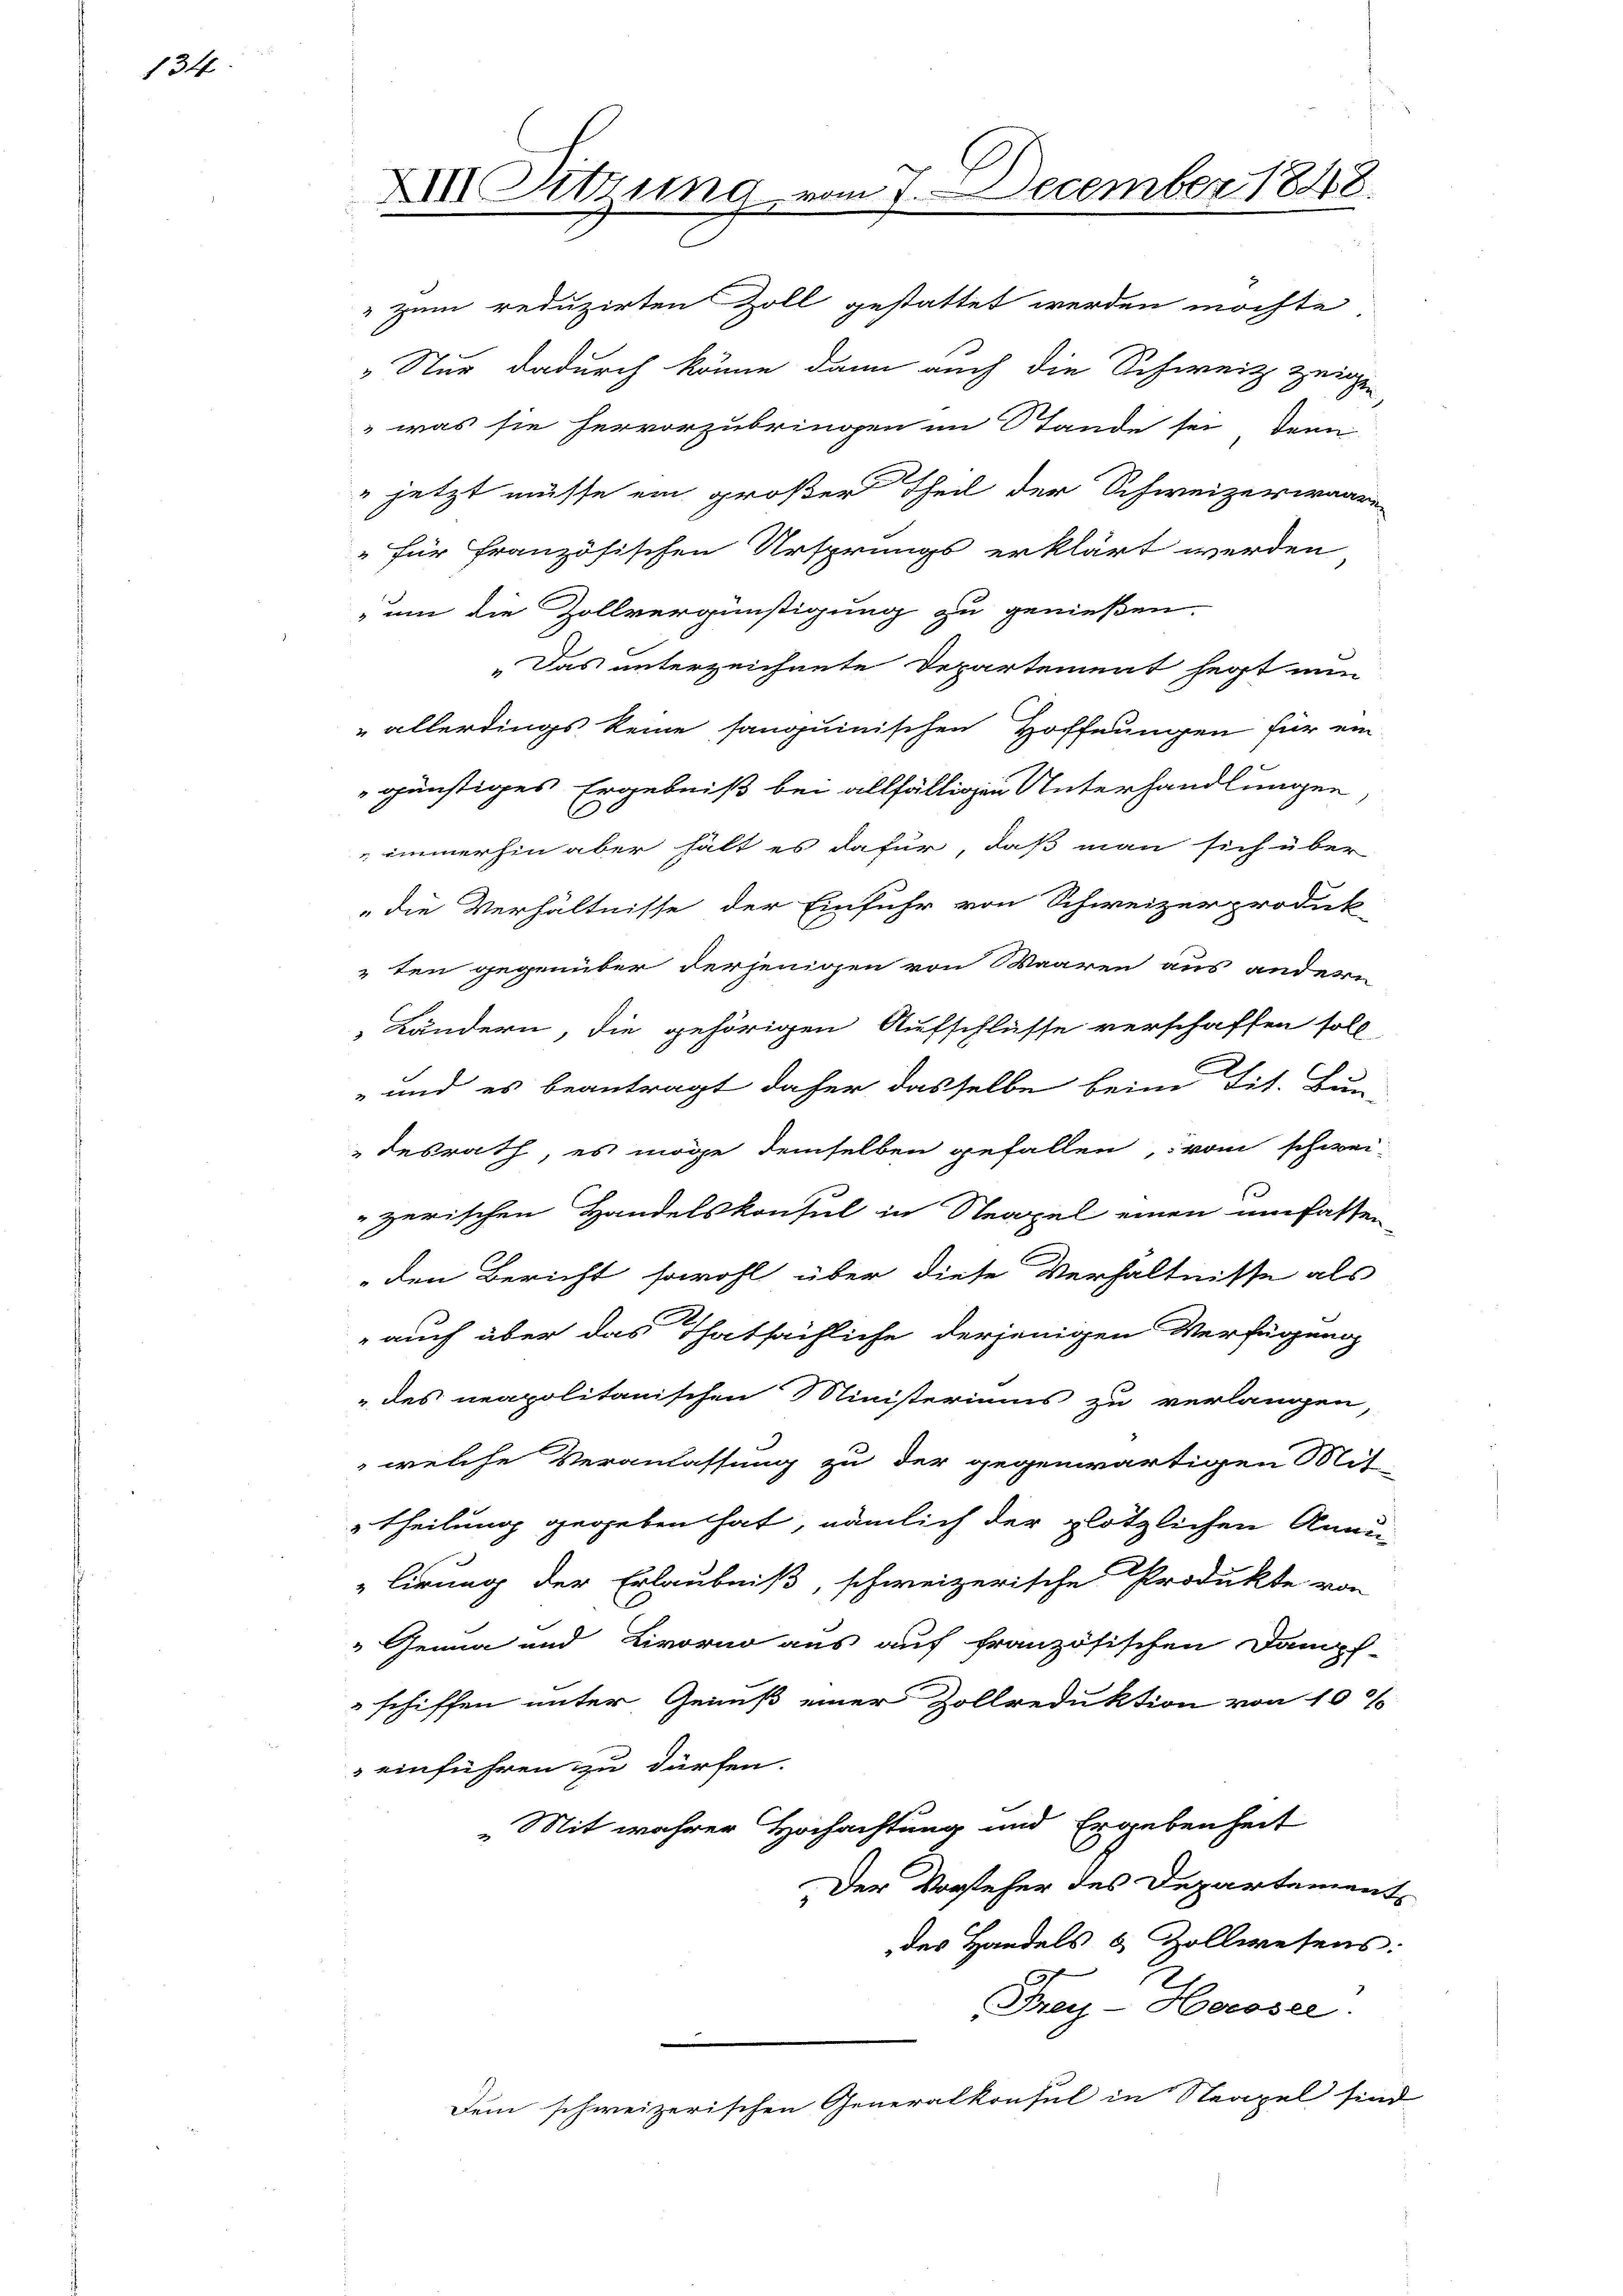
134

" zum reduzirten Zoll gestattet werden möchte,
„Nur dadurch könne dann auch die Schweiz zeigen
 was sie hervorzubringen im Stande sei denn

XIII Sitzung vom 7. December 1848.
8

" jetzt müsse ein großer Theil der Schweizerwaare
" für französischen Ursprungs erklärt werden
um die Zollvergünstigung zu genießen.
„Das unterzeichnete Departement hegt nun
 allerdings keine sanguinischen Hoffnungen für ein
günstiges Ergebniß bei allfälligen Unterhandlungen
„immerhin aber hält es dafür, daß man sich über
die Verhältnisse der Einfuhr von Schweizerproduk
ten gegenüber derjenigen von Waaren aus andern
Ländern, die gehörigen Aufschlüsse verschaffen soll
 und es beantragt daher dasselbe beim Tit. Bun-
desrath, es möge demselben gefallen, vom schweizerischen Handelskonsul in Neapel einen umfassen
den Bericht sowohl über diese Verhältnisse als
auch über das Thatsächliche derjenigen Verfügung
" des neapolitanischen Ministeriums zu verlangen,
 welche Veranlassung zu der gegenwärtigen Mit-
theilung gegeben hat, nämlich der plötzlichen Anau-
lirung der Erlaubniß, schweizerische Produkte von
" Genua und Livorno aus auf französischen Dampf-
schiffen unter Genuß einer Zollreduktion von 10 %
einführen zu dürfen.
„Mit wahrer Hochachtung und Ergebenheit
Der Vorsteher des Departement
des Handels & Zollwesens:
C
Frey-Hoeroser.
Dem schweizerischen Generalkonsul in Steapel sind